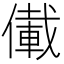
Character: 儎